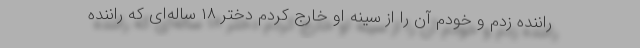
راننده زدم و خودم آن را از سینه او خارج کردم دختر ۱۸ ساله‌ای که راننده